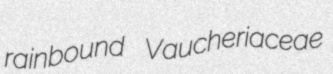
rainbound Vaucheriaceae